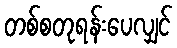
တစ်စတုရန်းပေလျှင်